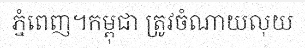
ភ្នំពេញ។កម្ពុជា ត្រូវចំណាយលុយ